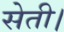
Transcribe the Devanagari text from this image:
सेती।